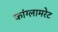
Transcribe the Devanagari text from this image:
कांग्लामरेट